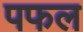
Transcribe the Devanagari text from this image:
पफल